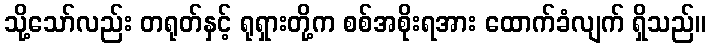
သို့သော်လည်း တရုတ်နှင့် ရုရှားတို့က စစ်အစိုးရအား ထောက်ခံလျက် ရှိသည်။